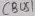
Text: CBUS1